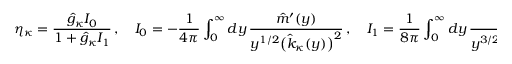
\eta _ { \kappa } = \frac { \hat { g } _ { \kappa } { \cal I } _ { 0 } } { 1 + \hat { g } _ { \kappa } { \cal I } _ { 1 } } \, , \quad { \cal I } _ { 0 } = - \frac { 1 } { 4 \pi } \int _ { 0 } ^ { \infty } d y \, \frac { \hat { m } ^ { \prime } ( y ) } { y ^ { 1 / 2 } \big ( \hat { k } _ { \kappa } ( y ) \big ) ^ { 2 } } \, , \quad { \cal I } _ { 1 } = \frac { 1 } { 8 \pi } \int _ { 0 } ^ { \infty } d y \, \frac { \hat { m } ( y ) } { y ^ { 3 / 2 } \big ( \hat { k } _ { \kappa } ( y ) \big ) ^ { 2 } } \, , \quad \hat { k } _ { \kappa } ( y ) = \hat { f } _ { \kappa } ( 0 , y ) + \hat { m } _ { \kappa } ( y ) \, .